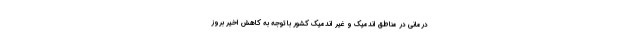
درمانی در مناطق اندمیک و غیر اندمیک کشور با توجه به کاهش اخیر بروز